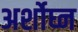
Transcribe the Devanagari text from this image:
अर्शोघ्न